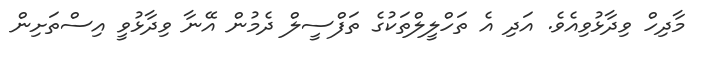
މާދިހް ވިދާޅުވިއެވެ. އަދި އެ ތަހްލީލްތަކުގެ ތަފްސީލް ދެމުން އޭނާ ވިދާޅުވީ އިސްތަށިން